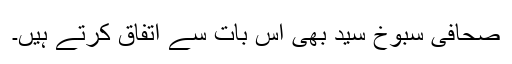
صحافی سبوخ سید بھی اس بات سے اتفاق کرتے ہیں۔